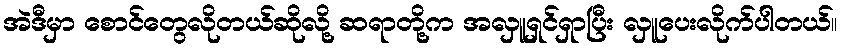
အဲဒီမှာ စောင်တွေလိုတယ်ဆိုလို့ ဆရာတို့က အလှူရှင်ရှာပြီး လှူပေးလိုက်ပါတယ်။